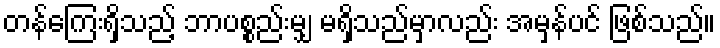
တန်ကြေးရှိသည့် ဘာပစ္စည်းမျှ မရှိသည်မှာလည်း အမှန်ပင် ဖြစ်သည်။